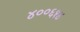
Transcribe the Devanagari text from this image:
४००६१४